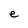
Character: e